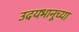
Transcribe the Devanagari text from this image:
उदयभानूच्या